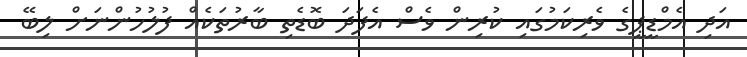
އަދި އެމްޑީޕީގެ ވެރިކަމުގައި ކުރިން ވެސް އެފަދަ ބޮޑެތި ބާރުތަކެއް ފުލުހުންނަށް ލިބޭ